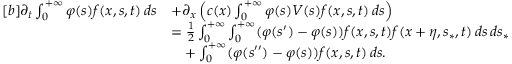
\begin{array} { r } { \begin{array} { r l } { [ b ] \partial _ { t } \int _ { 0 } ^ { + \infty } \varphi ( s ) f ( x , s , t ) \, d s } & { + \partial _ { x } \left( c ( x ) \int _ { 0 } ^ { + \infty } \varphi ( s ) V ( s ) f ( x , s , t ) \, d s \right) } \\ & { = \frac { 1 } { 2 } \int _ { 0 } ^ { + \infty } \int _ { 0 } ^ { + \infty } ( \varphi ( s ^ { \prime } ) - \varphi ( s ) ) f ( x , s , t ) f ( x + \eta , s _ { \ast } , t ) \, d s \, d s _ { \ast } } \\ & { \phantom { = } + \int _ { 0 } ^ { + \infty } ( \varphi ( s ^ { \prime \prime } ) - \varphi ( s ) ) f ( x , s , t ) \, d s . } \end{array} } \end{array}